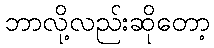
ဘာလို့လည်းဆိုတော့